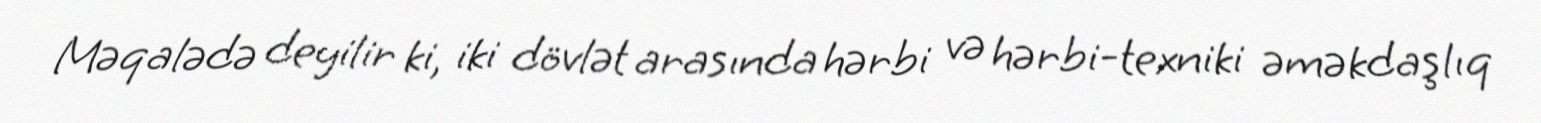
Məqalədə deyilir ki, iki dövlət arasında hərbi və hərbi-texniki əməkdaşlıq